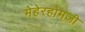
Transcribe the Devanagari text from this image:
मेहेरहोमजी